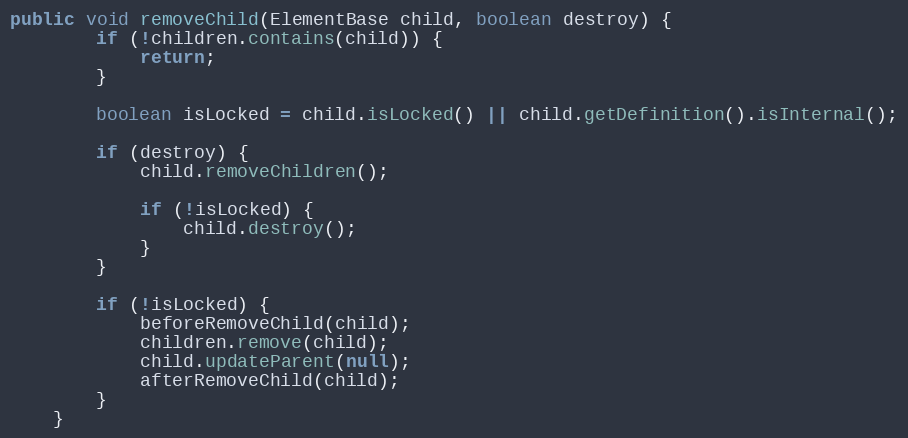
Language: Java
public void removeChild(ElementBase child, boolean destroy) {
        if (!children.contains(child)) {
            return;
        }

        boolean isLocked = child.isLocked() || child.getDefinition().isInternal();

        if (destroy) {
            child.removeChildren();

            if (!isLocked) {
                child.destroy();
            }
        }

        if (!isLocked) {
            beforeRemoveChild(child);
            children.remove(child);
            child.updateParent(null);
            afterRemoveChild(child);
        }
    }